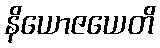
နိယောဇယေတိ